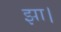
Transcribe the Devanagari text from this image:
झा।